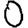
Digit: 0